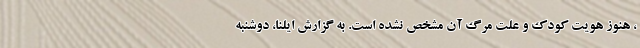
، هنوز هویت کودک و علت مرگ آن مشخص نشده است. به گزارش ایلنا، دوشنبه